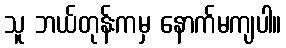
သူ ဘယ်တုန်းကမှ နောက်မကျပါ။